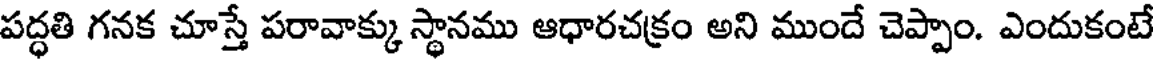
పద్ధతి గనక చూస్తే పరావాక్కు స్థానము ఆధారచక్రం అని ముందే చెప్పాం. ఎందుకంటే